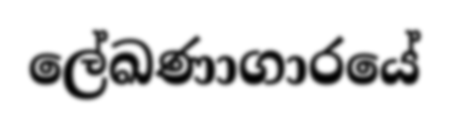
ලේඛණාගාරයේ